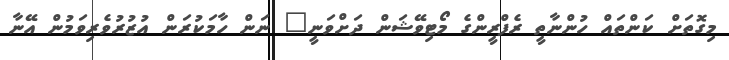
މިގޮތަށް ކަންތައް ހުންނާތީ ރެފްރީންގެ މޯޓިވޭޝަން ދަށްވަނީ" ނަން ހާމަކުރަން އުޒުރުވެރިވަމުން އޭނާ